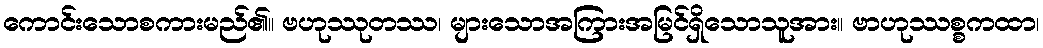
ကောင်းသောစကားမည်၏။ ဗဟုဿုတဿ၊ များသောအကြားအမြင်ရှိသောသူအား။ ဗာဟုဿစ္စကထာ၊